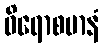
ဝိရောစမာနံ